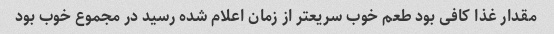
مقدار غذا کافی بود طعم خوب سریعتر از زمان اعلام شده رسید در مجموع خوب بود